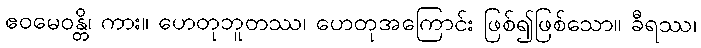
ဧဝမေဝန္တိ၊ ကား။ ဟေတုဘူတဿ၊ ဟေတုအကြောင်း ဖြစ်၍ဖြစ်သော။ ခီရဿ၊